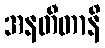
အနတီတာနိ